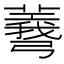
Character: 𢐯